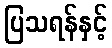
ပြသရန်နှင့်